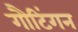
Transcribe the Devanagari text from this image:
गौटिंगन